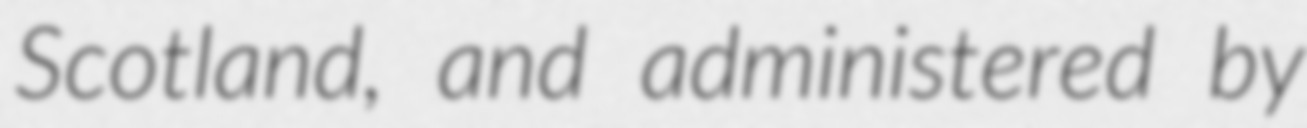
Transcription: Scotland, and administered by